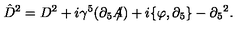
\hat { D } ^ { 2 } = D ^ { 2 } + i \gamma ^ { 5 } ( \partial _ { 5 } A \! \! \! / ) + i \{ \varphi , \partial _ { 5 } \} - \partial _ { 5 } { } ^ { 2 } .